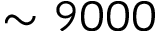
\sim 9 0 0 0